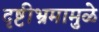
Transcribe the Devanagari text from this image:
दृष्टीभ्रमामुळे